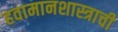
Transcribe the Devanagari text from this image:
हवामानशास्त्राची